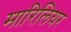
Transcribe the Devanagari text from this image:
मारिलियर